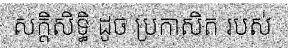
សក្តិសិទ្ធិ ដូច ប្រកាសិត របស់